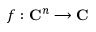
f : \mathbf { C } ^ { n } \longrightarrow \mathbf { C }